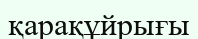
қарақұйрығы